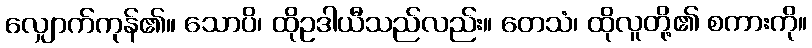
လျှောက်ကုန်၏။ သောပိ၊ ထိုဥဒါယီသည်လည်း။ တေသံ၊ ထိုလူတို့၏ စကားကို။